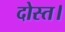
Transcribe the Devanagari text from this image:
दोस्त।